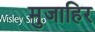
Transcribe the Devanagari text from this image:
मुजाहिर